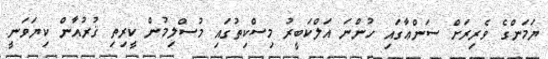
ޔަމަންގެ ވެރިރަށް ސަންޢާގައި ހުންނަ އަލްކަބީރު މިސްކިތުގައި މުސްލިމުން ކީރިތި ޤުރުއާން ކިޔަވަނީ.